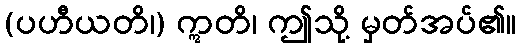
(ပဟီယတိ၊) ဣတိ၊ ဤသို့ မှတ်အပ်၏။